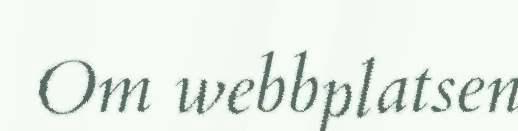
Om webbplatsen